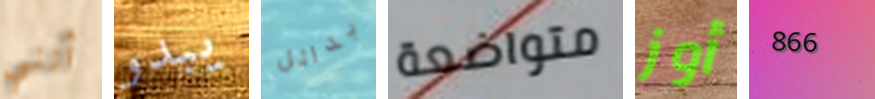
أنني يبدو بدائل متواضعة أوز 866